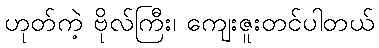
ဟုတ်ကဲ့ ဗိုလ်ကြီး၊ ကျေးဇူးတင်ပါတယ်